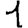
Digit: 1